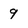
Character: 9